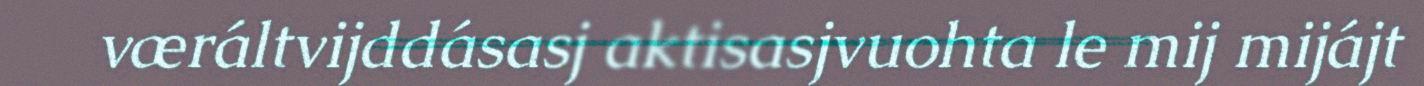
væráltvijddásasj aktisasjvuohta le mij mijájt